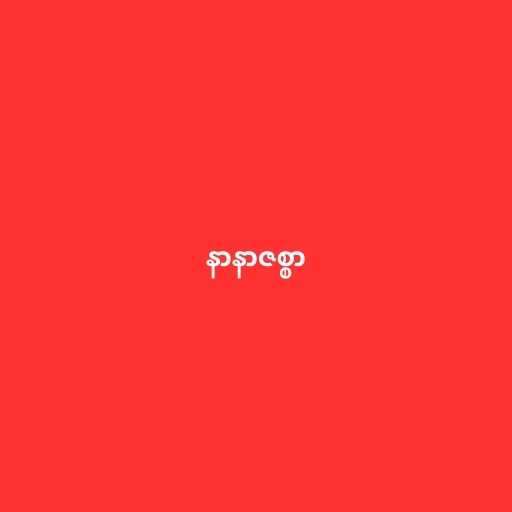
နာနာဇစ္စာ